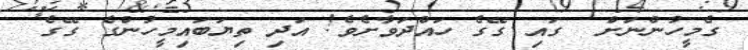
ގެމީހުންނަށް  ގައި ގޭގެ ހައްދަވާށެވެ! އަދި ތިޔަބައިމީހުންގެ ގޭގެ